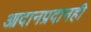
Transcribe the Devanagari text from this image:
आदानप्रदानही